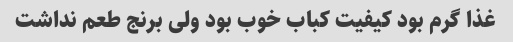
غذا گرم بود کیفیت کباب خوب بود ولی برنج طعم نداشت